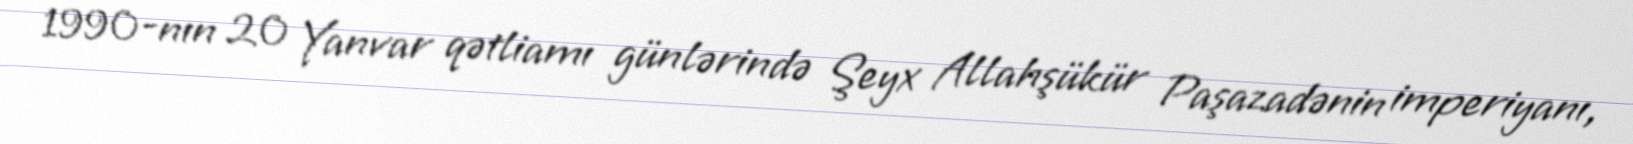
1990-nın 20 Yanvar qətliamı günlərində Şeyx Allahşükür Paşazadənin imperiyanı,